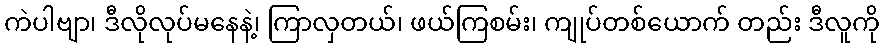
ကဲပါဗျာ၊ ဒီလိုလုပ်မနေနဲ့၊ ကြာလှတယ်၊ ဖယ်ကြစမ်း၊ ကျုပ်တစ်ယောက် တည်း ဒီလူကို